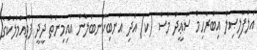
އަލްފާލިޞިލް އިބްރާހިމް ސަޢީދު މުސާ (ކ) އަދި އަނބިކަނބަލުން އައިމިނަތު ދީދީ ފުވައްމުލަކުގެ